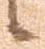
候